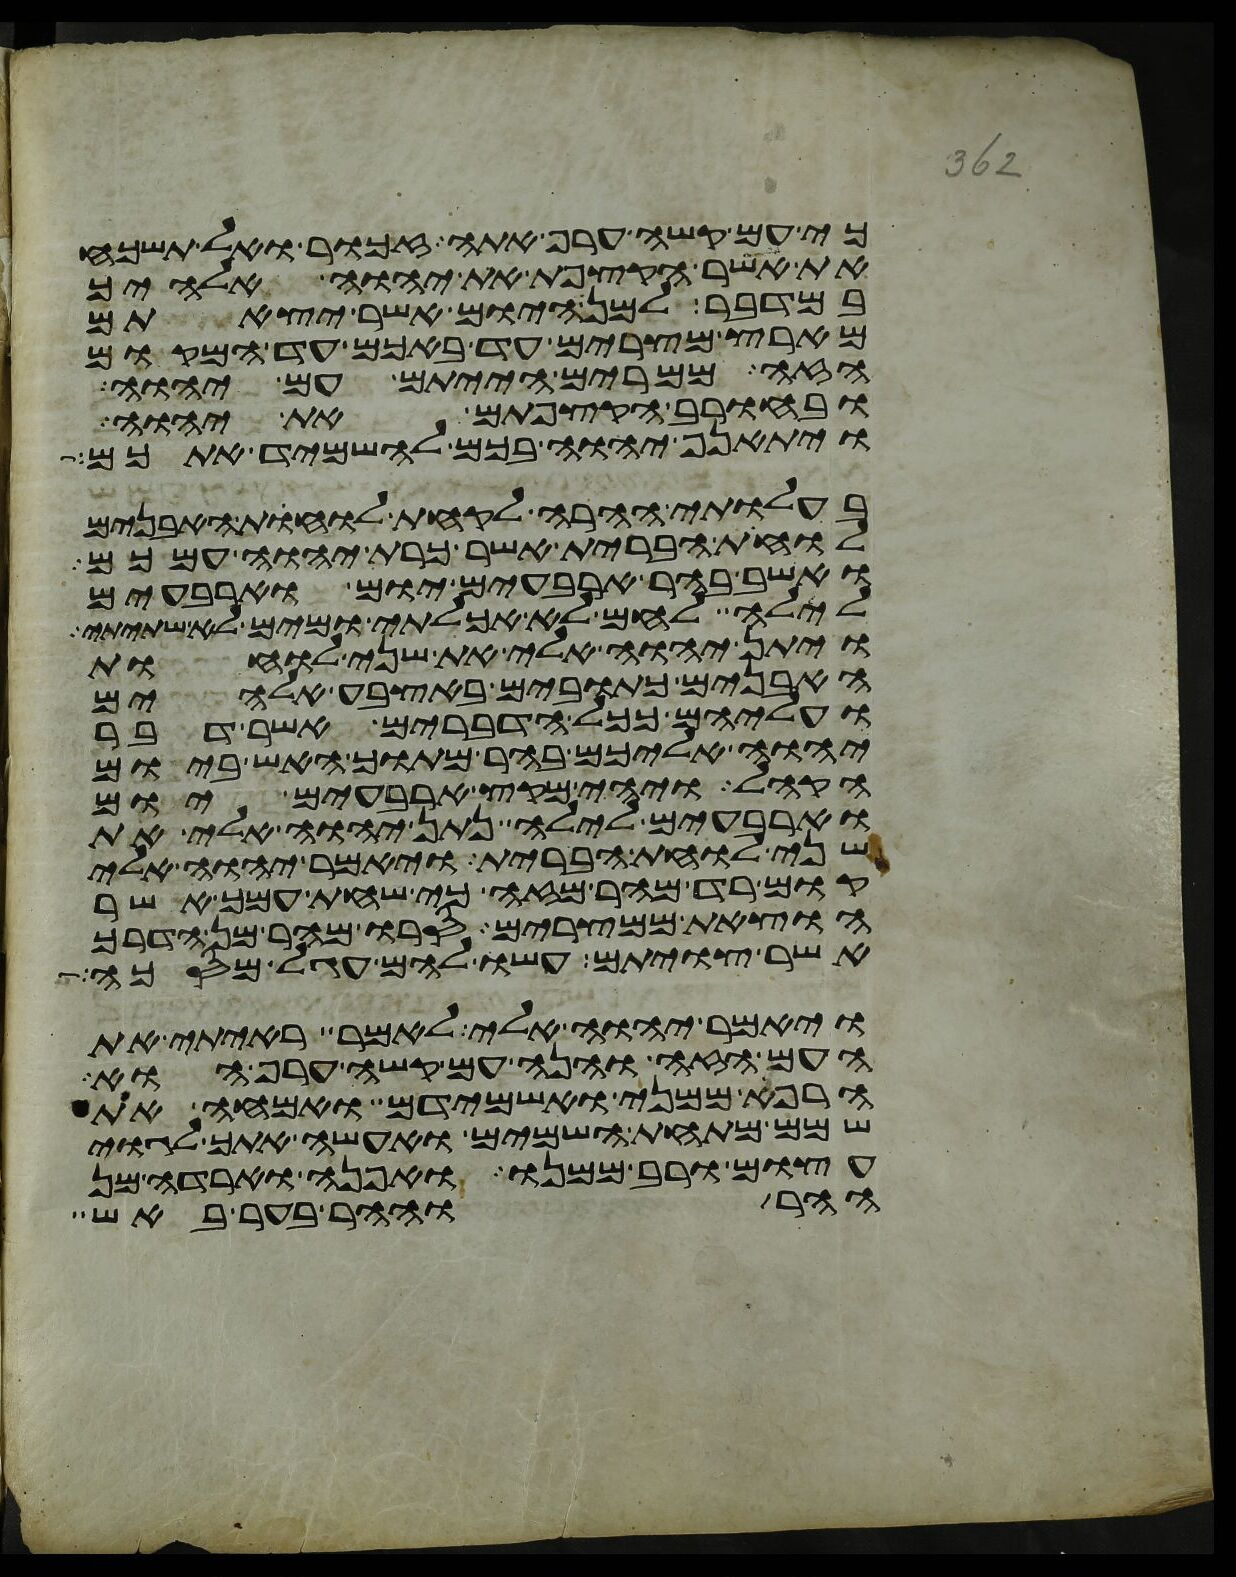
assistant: כי עם קשה ערף אתה זכור ואל תשכח
את אשר הקצפת את יהוה אלהיך
במדבר למן היום אשר יצאתם
מארץ מצרים עד באכם עד המקום
הזה ממרים הייתם עם יהוה
ובחורב הקצפתם את יהוה
ויתאנף יהוה בכם להשמיד אתכם
בעלותי ההרה לקחת לוחות האבנים
לוחת הברית אשר כרת יהוה עמכם
ואשב בהר ארבעים יום וארבעים
לילה לחם לא אכלתי ומים לא שתיתי
ויתן יהוה אלי את שני לוחת
האבנים כתובים באצבע אלהים
ועליהם ככל הדברים אשר דבר
יהוה אליכם בהר מתוך האש ביום
הקהל ויהי מקץ ארבעים יום
וארבעים לילה נתן יהוה אלי את
שני לוחת הברית ויאמר יהוה אלי
קום רד מהר מזה כי שחת עמך אשר
הוצאת ממצרים סרו מהר מן הדרך
אשר צויתם עשו להם עגל מסכה
ויאמר יהוה אלי לאמר ראיתי את
העם הזה והנה עם קשה ערף הוא
הרף ממני ואשמידם ואמחה את
שמם מתחת השמים ואעשה אתך לגוי
עצום ורב ממנו ואפנה וארדה מן
ההר וההר בער באש